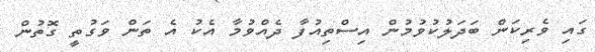
ގައި ވެރިކަން ބަދަލުކުވުމުން އިސްތިއުފާ ދެއްވުމާ އެކު އެ ތަން ވަގުތީ ގޮތުން